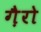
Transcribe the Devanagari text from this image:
गै़रो